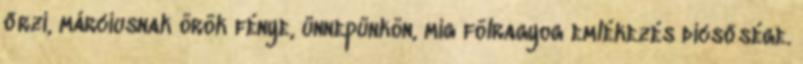
őrzi, márciusnak örök fénye, ünnepünkön, míg fölragyog emlékezés dicsősége.